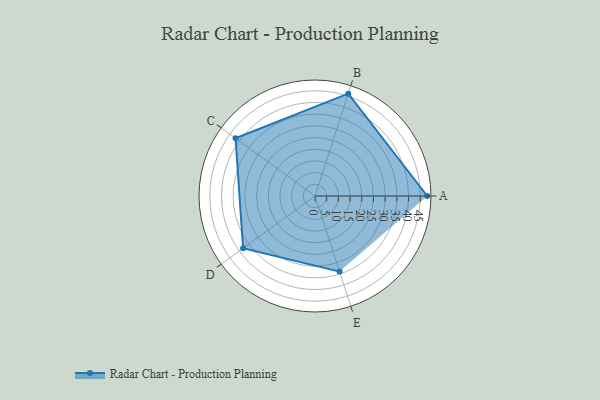
{"axis": {"x": "Skill", "y": "Score"}, "legend": ["Profile"], "data": [{"x": "A", "y": 48.0, "type": "Profile"}, {"x": "B", "y": 46.0, "type": "Profile"}, {"x": "C", "y": 42.0, "type": "Profile"}, {"x": "D", "y": 38.0, "type": "Profile"}, {"x": "E", "y": 34.0, "type": "Profile"}]}